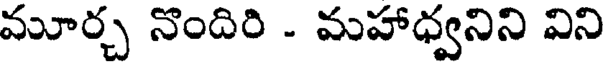
మూర్చ నొందిరి - మహాధ్వనిని విని